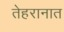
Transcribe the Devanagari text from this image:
तेहरानात